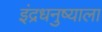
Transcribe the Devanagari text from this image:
इंद्रधनुष्याला